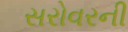
સરોવરની